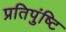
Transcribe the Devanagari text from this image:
प्रतिपुंष्टि